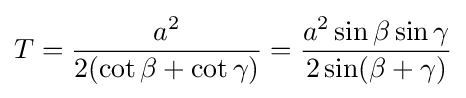
T={\frac {a^{2}}{2(\cot \beta +\cot \gamma )}}={\frac {a^{2}\sin \beta \sin \gamma }{2\sin(\beta +\gamma )}}